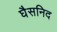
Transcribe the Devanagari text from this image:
घैसनिद